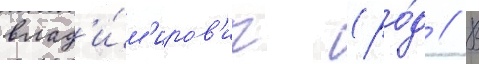
влад'и́м'иров'ич (ро́д // В